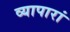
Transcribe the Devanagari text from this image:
व्यापारां